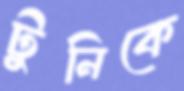
টুনিকে